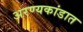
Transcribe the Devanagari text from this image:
अरण्यकांडात